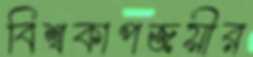
বিশ্বকাপজয়ীর